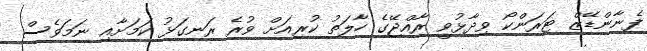
ފެނާންޑޭޒް ޓަރަންކޯ ވިދާޅުވީ ރާއްޖޭގެ ހާލަތު ކުރިއަށް ވުރެ ރަނގަޅު ކަމަށާއި ނަމަވެސް